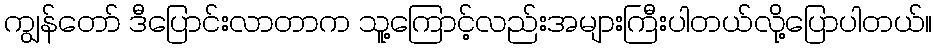
ကျွန်တော် ဒီပြောင်းလာတာက သူ့ကြောင့်လည်းအများကြီးပါတယ်လို့ပြောပါတယ်။